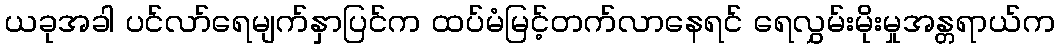
ယခုအခါ ပင်လာ်ရေမျက်နှာပြင်က ထပ်မံမြင့်တက်လာနေရင် ရေလွှမ်းမိုးမှုအန္တရာယ်က